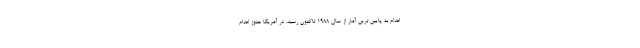
اعدام به پایین ترین آمار از سال 1988 تاکنون رسید. در آمریکا هنوز اعدام